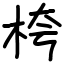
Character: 桍